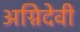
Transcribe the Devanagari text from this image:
अग्निदेवी